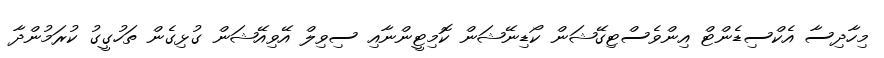
މިހާދިސާ އެކްސިޑެންޓް އިންވެސްޓިގޭޝަން ކޯޑިނޭޝަން ކޮމިޓީންނާއި ސިވިލް އޭވިއޭޝަން ގުޅިގެން ތަހުގީގު ކުރަމުންދާ